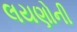
લયણોની